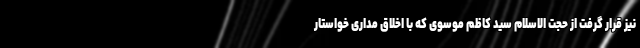
نیز قرار گرفت از حجت الاسلام سید کاظم موسوی که با اخلاق مداری خواستار